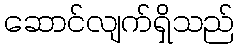
ဆောင်လျက်ရှိသည်